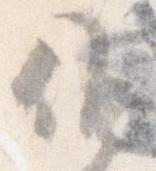
候